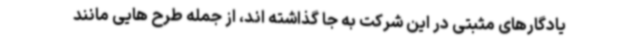
یادگارهای مثبتی در این شرکت به جا گذاشته اند، از جمله طرح هایی مانند